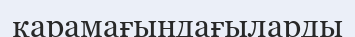
қарамағындағыларды